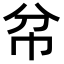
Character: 𢁥